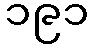
၁၉၁